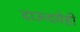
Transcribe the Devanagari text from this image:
दाऊदचेही